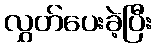
လွှတ်ပေးခဲ့ပြီး